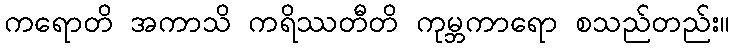
ကရောတိ အကာသိ ကရိဿတီတိ ကုမ္ဘကာရော စသည်တည်း။